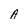
Character: A